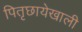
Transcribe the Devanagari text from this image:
पितृछायेखाली